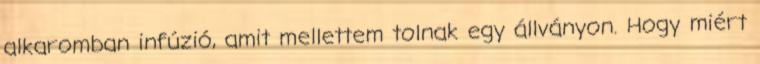
alkaromban infúzió, amit mellettem tolnak egy állványon. Hogy miért